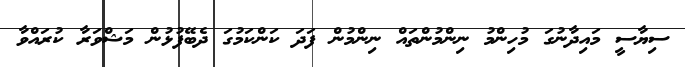
ސިޔާސީ މައިދާނުގަ މުހިންމު ނިންމުންތައް ނިންމުން ފަދަ ކަންކަމުގަ ދެބޭފުޅުން މަޝްވަރާ ކުރައްވާ